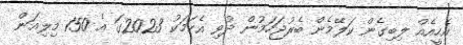
އެހީއެއް ލިބިގެން ކަލޭމެން ބެރުޖަހަމުން ދުވި އެކަމަކު 2023ގަ އެ 150 މިލިއަން